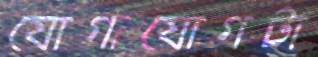
যোগাযোগটা